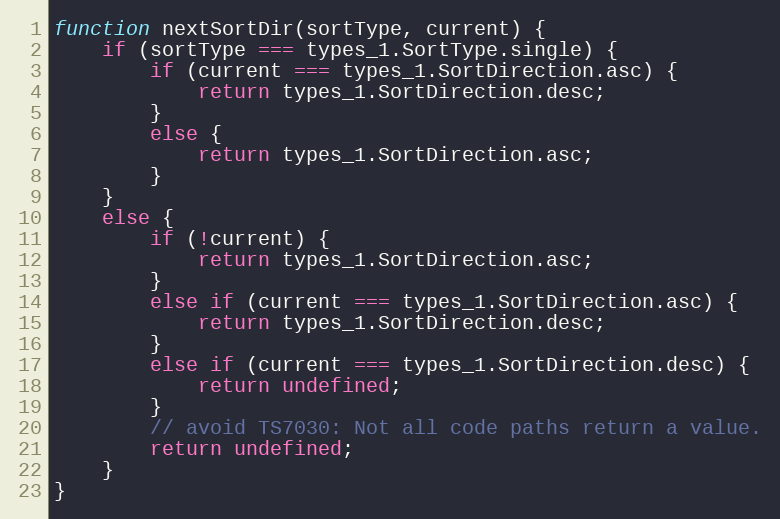
Language: JavaScript
function nextSortDir(sortType, current) {
    if (sortType === types_1.SortType.single) {
        if (current === types_1.SortDirection.asc) {
            return types_1.SortDirection.desc;
        }
        else {
            return types_1.SortDirection.asc;
        }
    }
    else {
        if (!current) {
            return types_1.SortDirection.asc;
        }
        else if (current === types_1.SortDirection.asc) {
            return types_1.SortDirection.desc;
        }
        else if (current === types_1.SortDirection.desc) {
            return undefined;
        }
        // avoid TS7030: Not all code paths return a value.
        return undefined;
    }
}